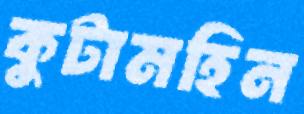
কুটামহিন